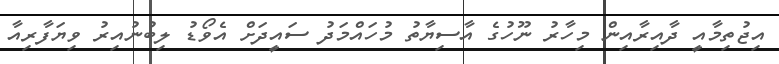
އިޖުތިމާއީ ދާއިރާއިން މިހާރު ނޫހުގެ އާސިޔާތު މުހައްމަދު ސައީދަށް އެވޯޑު ލިބުނުއިރު ވިޔަފާރިއާ